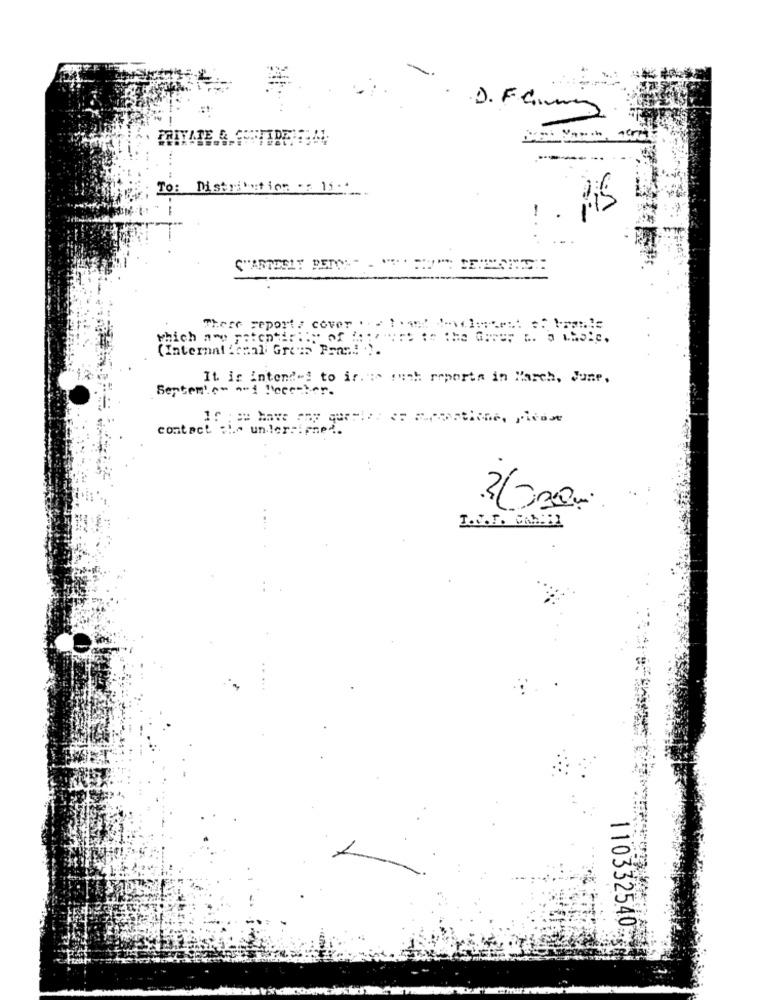
-
D. Famig
To: Distribution .: 11
RS
-
C"ARTESIT PERCY: -
There report: cover . - 1 .4:
(International Gross Fran! ).
It is intended to ir .: > ruth reporta in March, June,
Sentemle- a-1 December.
contact sie untersipmed.
..
N
110332540